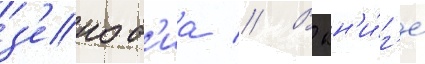
з'еноб'иа // В кн'и́г'е